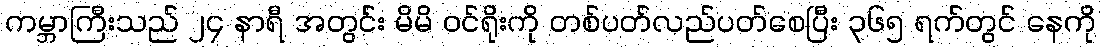
ကမ္ဘာကြီးသည် ၂၄ နာရီ အတွင်း မိမိ ဝင်ရိုးကို တစ်ပတ်လည်ပတ်စေပြီး ၃၆၅ ရက်တွင် နေကို